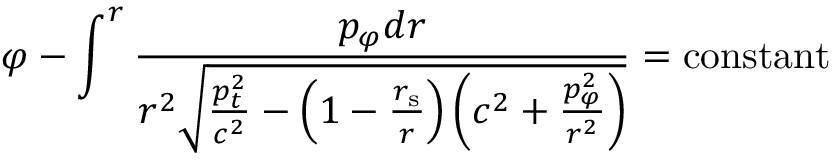
\varphi - \int ^ { r } { \frac { p _ { \varphi } d r } { r ^ { 2 } { \sqrt { { \frac { p _ { t } ^ { 2 } } { c ^ { 2 } } } - \left( 1 - { \frac { r _ { \mathrm { { s } } } } { r } } \right) \left( c ^ { 2 } + { \frac { p _ { \varphi } ^ { 2 } } { r ^ { 2 } } } \right) } } } } = \mathrm { c o n s t a n t }